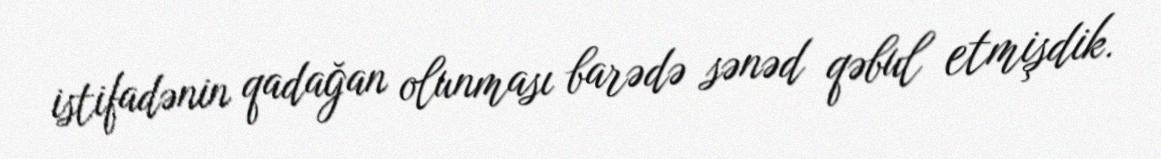
istifadənin qadağan olunması barədə sənəd qəbul etmişdik.